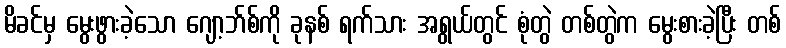
မိခင်မှ မွေးဖွားခဲ့သော ဂျော့ဘ်စ်ကို ခုနစ် ရက်သား အရွယ်တွင် စုံတွဲ တစ်တွဲက မွေးစားခဲ့ပြီး တစ်